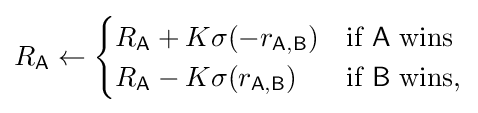
R_{\mathsf {A}}\leftarrow {\begin{cases}R_{\mathsf {A}}+K\sigma (-r_{\mathsf {A,B}})&{\textrm {if}}~{\mathsf {A}}~{\textrm {wins}}\\R_{\mathsf {A}}-K\sigma (r_{\mathsf {A,B}})&{\textrm {if}}~{\mathsf {B}}~{\textrm {wins}},\end{cases}}